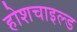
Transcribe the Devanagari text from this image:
होशचाइल्ड